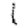
Digit: 1